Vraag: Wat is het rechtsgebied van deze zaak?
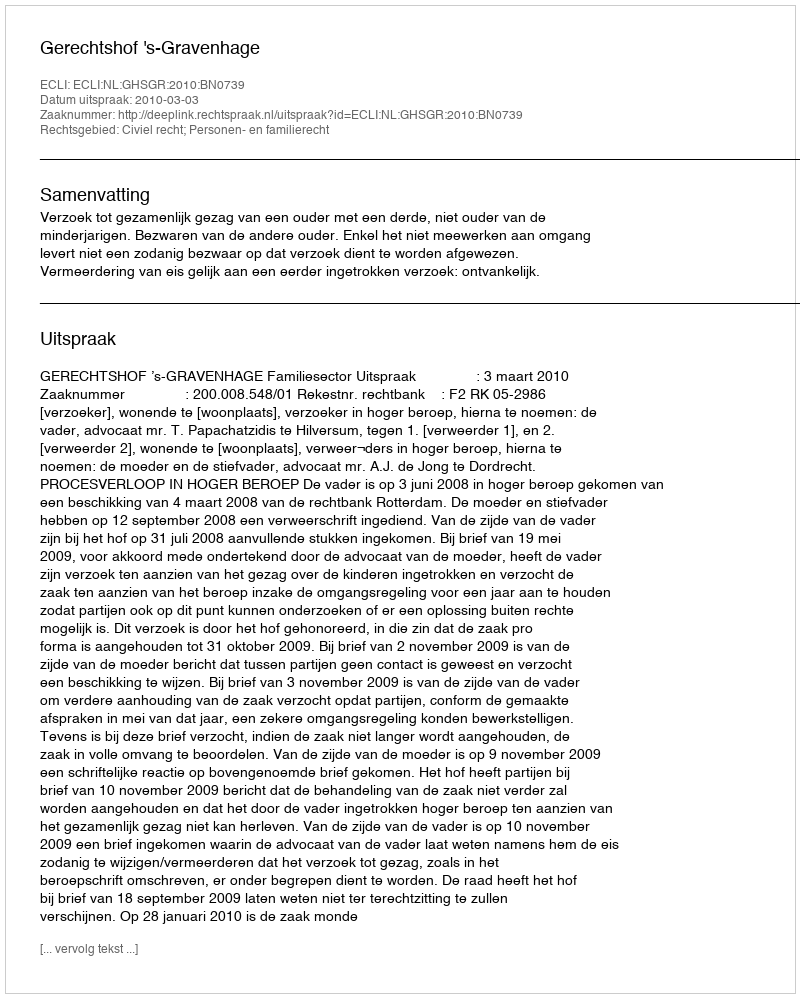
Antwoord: Civiel recht; Personen- en familierecht